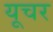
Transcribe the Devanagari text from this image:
यूचर